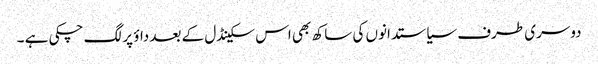
دوسری طرف سیاستدانوں کی ساکھ بھی اس سکینڈل کے بعد داؤ پر لگ چکی ہے ۔